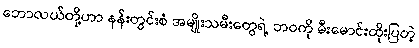
ဘောလယ်တို့ဟာ နန်းတွင်းစံ အမျိုးသမီးတွေရဲ့ ဘဝကို မီးမောင်းထိုးပြတဲ့